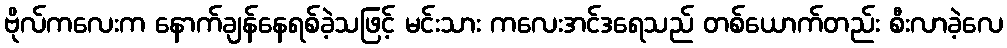
ဗိုလ်ကလေးက နောက်ချန်နေရစ်ခဲ့သဖြင့် မင်းသား ကလေးအင်ဒရေသည် တစ်ယောက်တည်း စီးလာခဲ့လေ